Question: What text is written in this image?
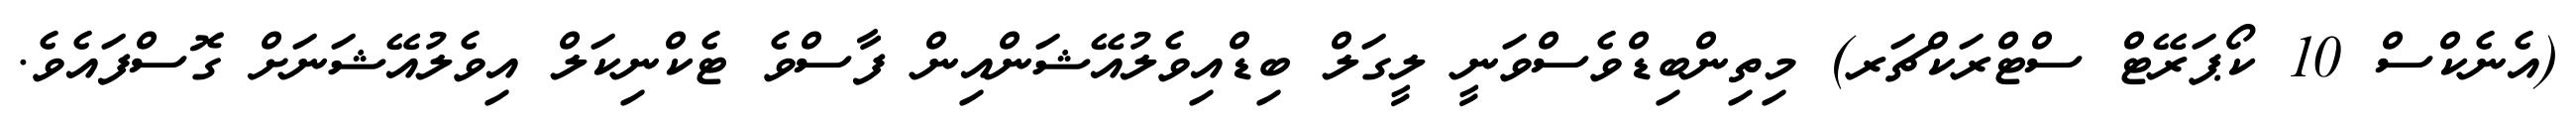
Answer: (އެނެކްސް 10 ކޯޕަރޭޓް ސްޓްރަކްޗަރ) މިތިންބިޑްވެސްވަނީ ލީގަލް ބިޑްއިވެލުއޭޝަންއިން ފާސްވެ ޓެކްނިކަލް އިވެލުއޭޝަނަށް ގޮސްފައެވެ.